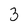
Character: 3